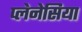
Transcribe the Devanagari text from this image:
प्लेनेसिया